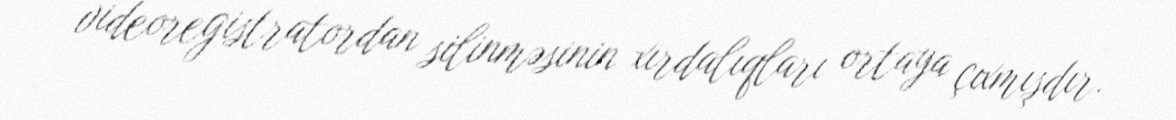
videoregistratordan silinməsinin xırdalıqları ortaya çıxmışdır.